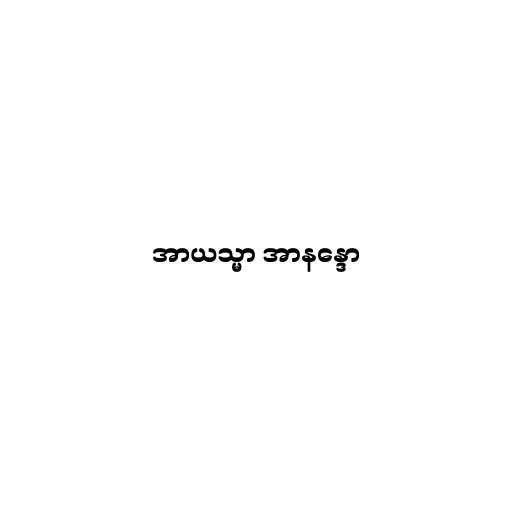
အာယသ္မာ အာနန္ဒော